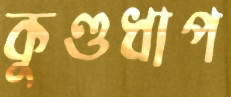
কুণ্ডধাপ